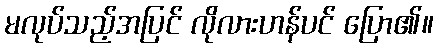
မလုပ်သည့်အပြင် လိုလားဟန်ပင် ပြော၏။